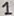
Text: 1